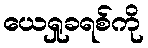
ယေရှုခရစ်ကို